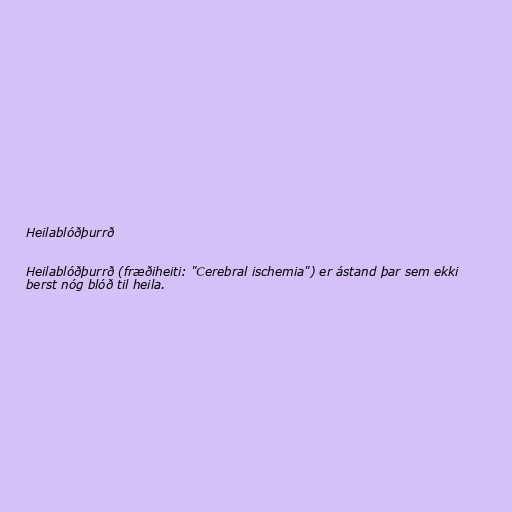
Heilablóðþurrð

Heilablóðþurrð (fræðiheiti: "Cerebral ischemia") er ástand þar sem ekki
berst nóg blóð til heila.